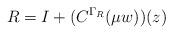
LaTeX: \begin{align*}R = I + (C^{\Gamma_R}(\mu w))(z)\end{align*}